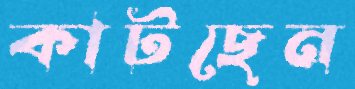
কাটছেন